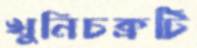
খুনিচক্রটি